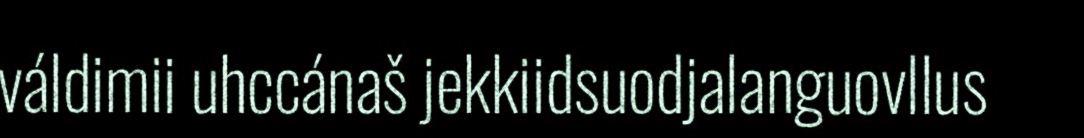
váldimii uhccánaš jekkiidsuodjalanguovllus